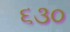
૬૩૦